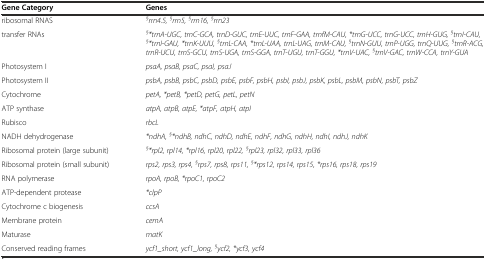
<table><thead><tr><td><b>Gene Category</b></td><td><b>Genes</b></td></tr></thead><tbody><tr><td>ribosomal RNAS</td><td><sup><i>§</i></sup><i>rrn4.5,</i><sup><i>§</i></sup><i>rrn5,</i><sup><i>§</i></sup><i>rrn16,</i><sup><i>§</i></sup><i>rrn23</i></td></tr><tr><td>transfer RNAs</td><td><sup><i>§</i></sup><i>*trnA-UGC, trnC-GCA, trnD-GUC, trnE-UUC, trnF-GAA, trnfM-CAU, *trnG-UCC, trnG-UCC, trnH-GUG,</i><sup><i>§</i></sup><i>trnI-CAU,</i><sup><i>§</i></sup><i>*trnI-GAU, *trnK-UUU,</i><sup><i>§</i></sup><i>trnL-CAA, *trnL-UAA, trnL-UAG, trnM-CAU,</i><sup><i>§</i></sup><i>trnN-GUU, trnP-UGG, trnQ-UUG,</i><sup><i>§</i></sup><i>trnR-ACG, trnR-UCU, trnS-GCU, trnS-UGA, trnS-GGA, trnT-UGU, trnT-GGU, *trnV-UAC,</i><sup><i>§</i></sup><i>trnV-GAC, trnW-CCA, trnY-GUA</i></td></tr><tr><td>Photosystem I</td><td><i>psaA, psaB, psaC, psaI, psaJ</i></td></tr><tr><td>Photosystem II</td><td><i>psbA, psbB, psbC, psbD, psbE, psbF, psbH, psbI, psbJ, psbK, psbL, psbM, psbN, psbT, psbZ</i></td></tr><tr><td>Cytochrome</td><td><i>petA, *petB, *petD, petG, petL, petN</i></td></tr><tr><td>ATP synthase</td><td><i>atpA, atpB, atpE, *atpF, atpH, atpI</i></td></tr><tr><td>Rubisco</td><td><i>rbcL</i></td></tr><tr><td>NADH dehydrogenase</td><td><i>*ndhA,</i><sup><i>§</i></sup><i>*ndhB, ndhC, ndhD, ndhE, ndhF, ndhG, ndhH, ndhI, ndhJ, ndhK</i></td></tr><tr><td>Ribosomal protein (large subunit)</td><td><sup><i>§</i></sup><i>*rpl2, rpl14, *rpl16, rpl20, rpl22,</i><sup><i>§</i></sup><i>rpl23, rpl32, rpl33, rpl36</i></td></tr><tr><td>Ribosomal protein (small subunit)</td><td><i>rps2, rps3, rps4,</i><sup><i>§</i></sup><i>rps7, rps8, rps11,</i><sup><i>§</i></sup><i>*rps12, rps14, rps15, *rps16, rps18, rps19</i></td></tr><tr><td>RNA polymerase</td><td><i>rpoA, rpoB, *rpoC1, rpoC2</i></td></tr><tr><td>ATP-dependent protease</td><td><i>*clpP</i></td></tr><tr><td>Cytochrome c biogenesis</td><td><i>ccsA</i></td></tr><tr><td>Membrane protein</td><td><i>cemA</i></td></tr><tr><td>Maturase</td><td><i>matK</i></td></tr><tr><td>Conserved reading frames</td><td><i>ycf1_short, ycf1_long,</i><sup><i>§</i></sup><i>ycf2, *ycf3, ycf4</i></td></tr></tbody></table>